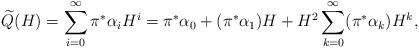
LaTeX: \begin{align*}\widetilde{Q}(H)=\sum_{i=0}^{\infty} \pi^* \alpha_i H^i =\pi^*\alpha_0 +(\pi^*\alpha_1) H +H^2 \sum_{k=0}^{\infty} (\pi^* \alpha_k) H^k,\end{align*}